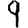
Digit: 9